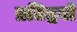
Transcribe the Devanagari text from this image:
प्रतिद्रवों